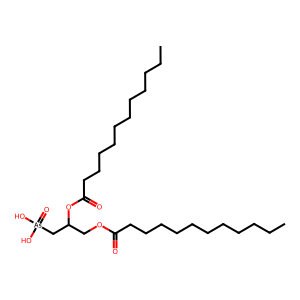
SMILES: CCCCCCCCCCCC(=O)OCC(C[As](=O)(O)O)OC(=O)CCCCCCCCCCC
Inhibits HIV replication: No